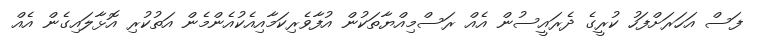
ފަސް އަހަރަށްފަހު ކުރީގެ ދެރައީސުން އެއް ރަސްމިއްޔާތަކުން އުފާވެރިކަމާއިއެކުއެންމެން އަތުކުރި އޮޅާލައިގެން އެއް